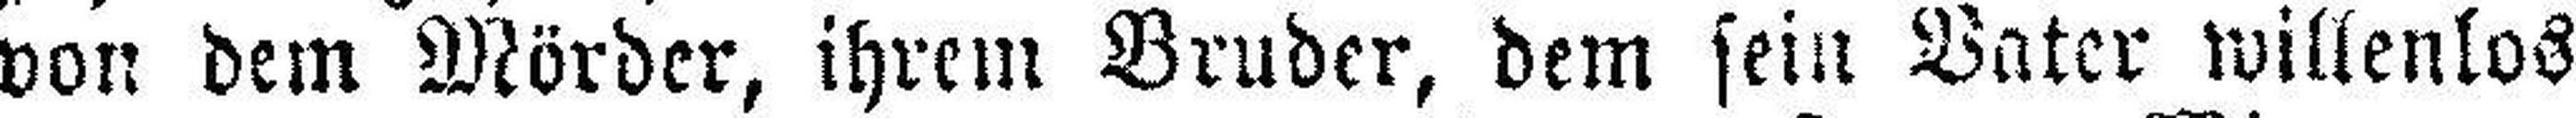
von dem Mörder, ihrem Bruder, dem sein Vater willenlos